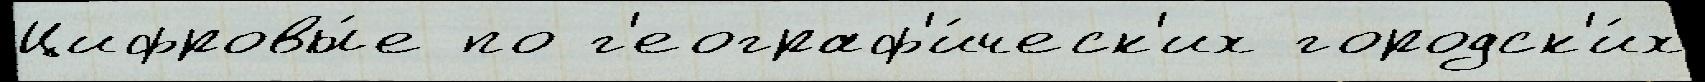
Цифровы́е по г'еограф'и́ческ'их городск'и́х